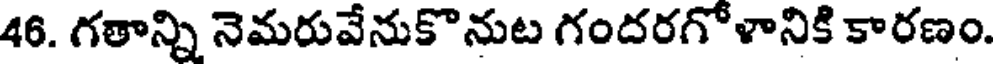
46. గతాన్ని నెమరువేనుకొనుట గందరగోళానికి కారణం.